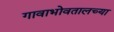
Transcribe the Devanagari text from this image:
गावाभोवतालच्या